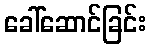
ခေါ်ဆောင်ခြင်း